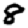
Digit: 8